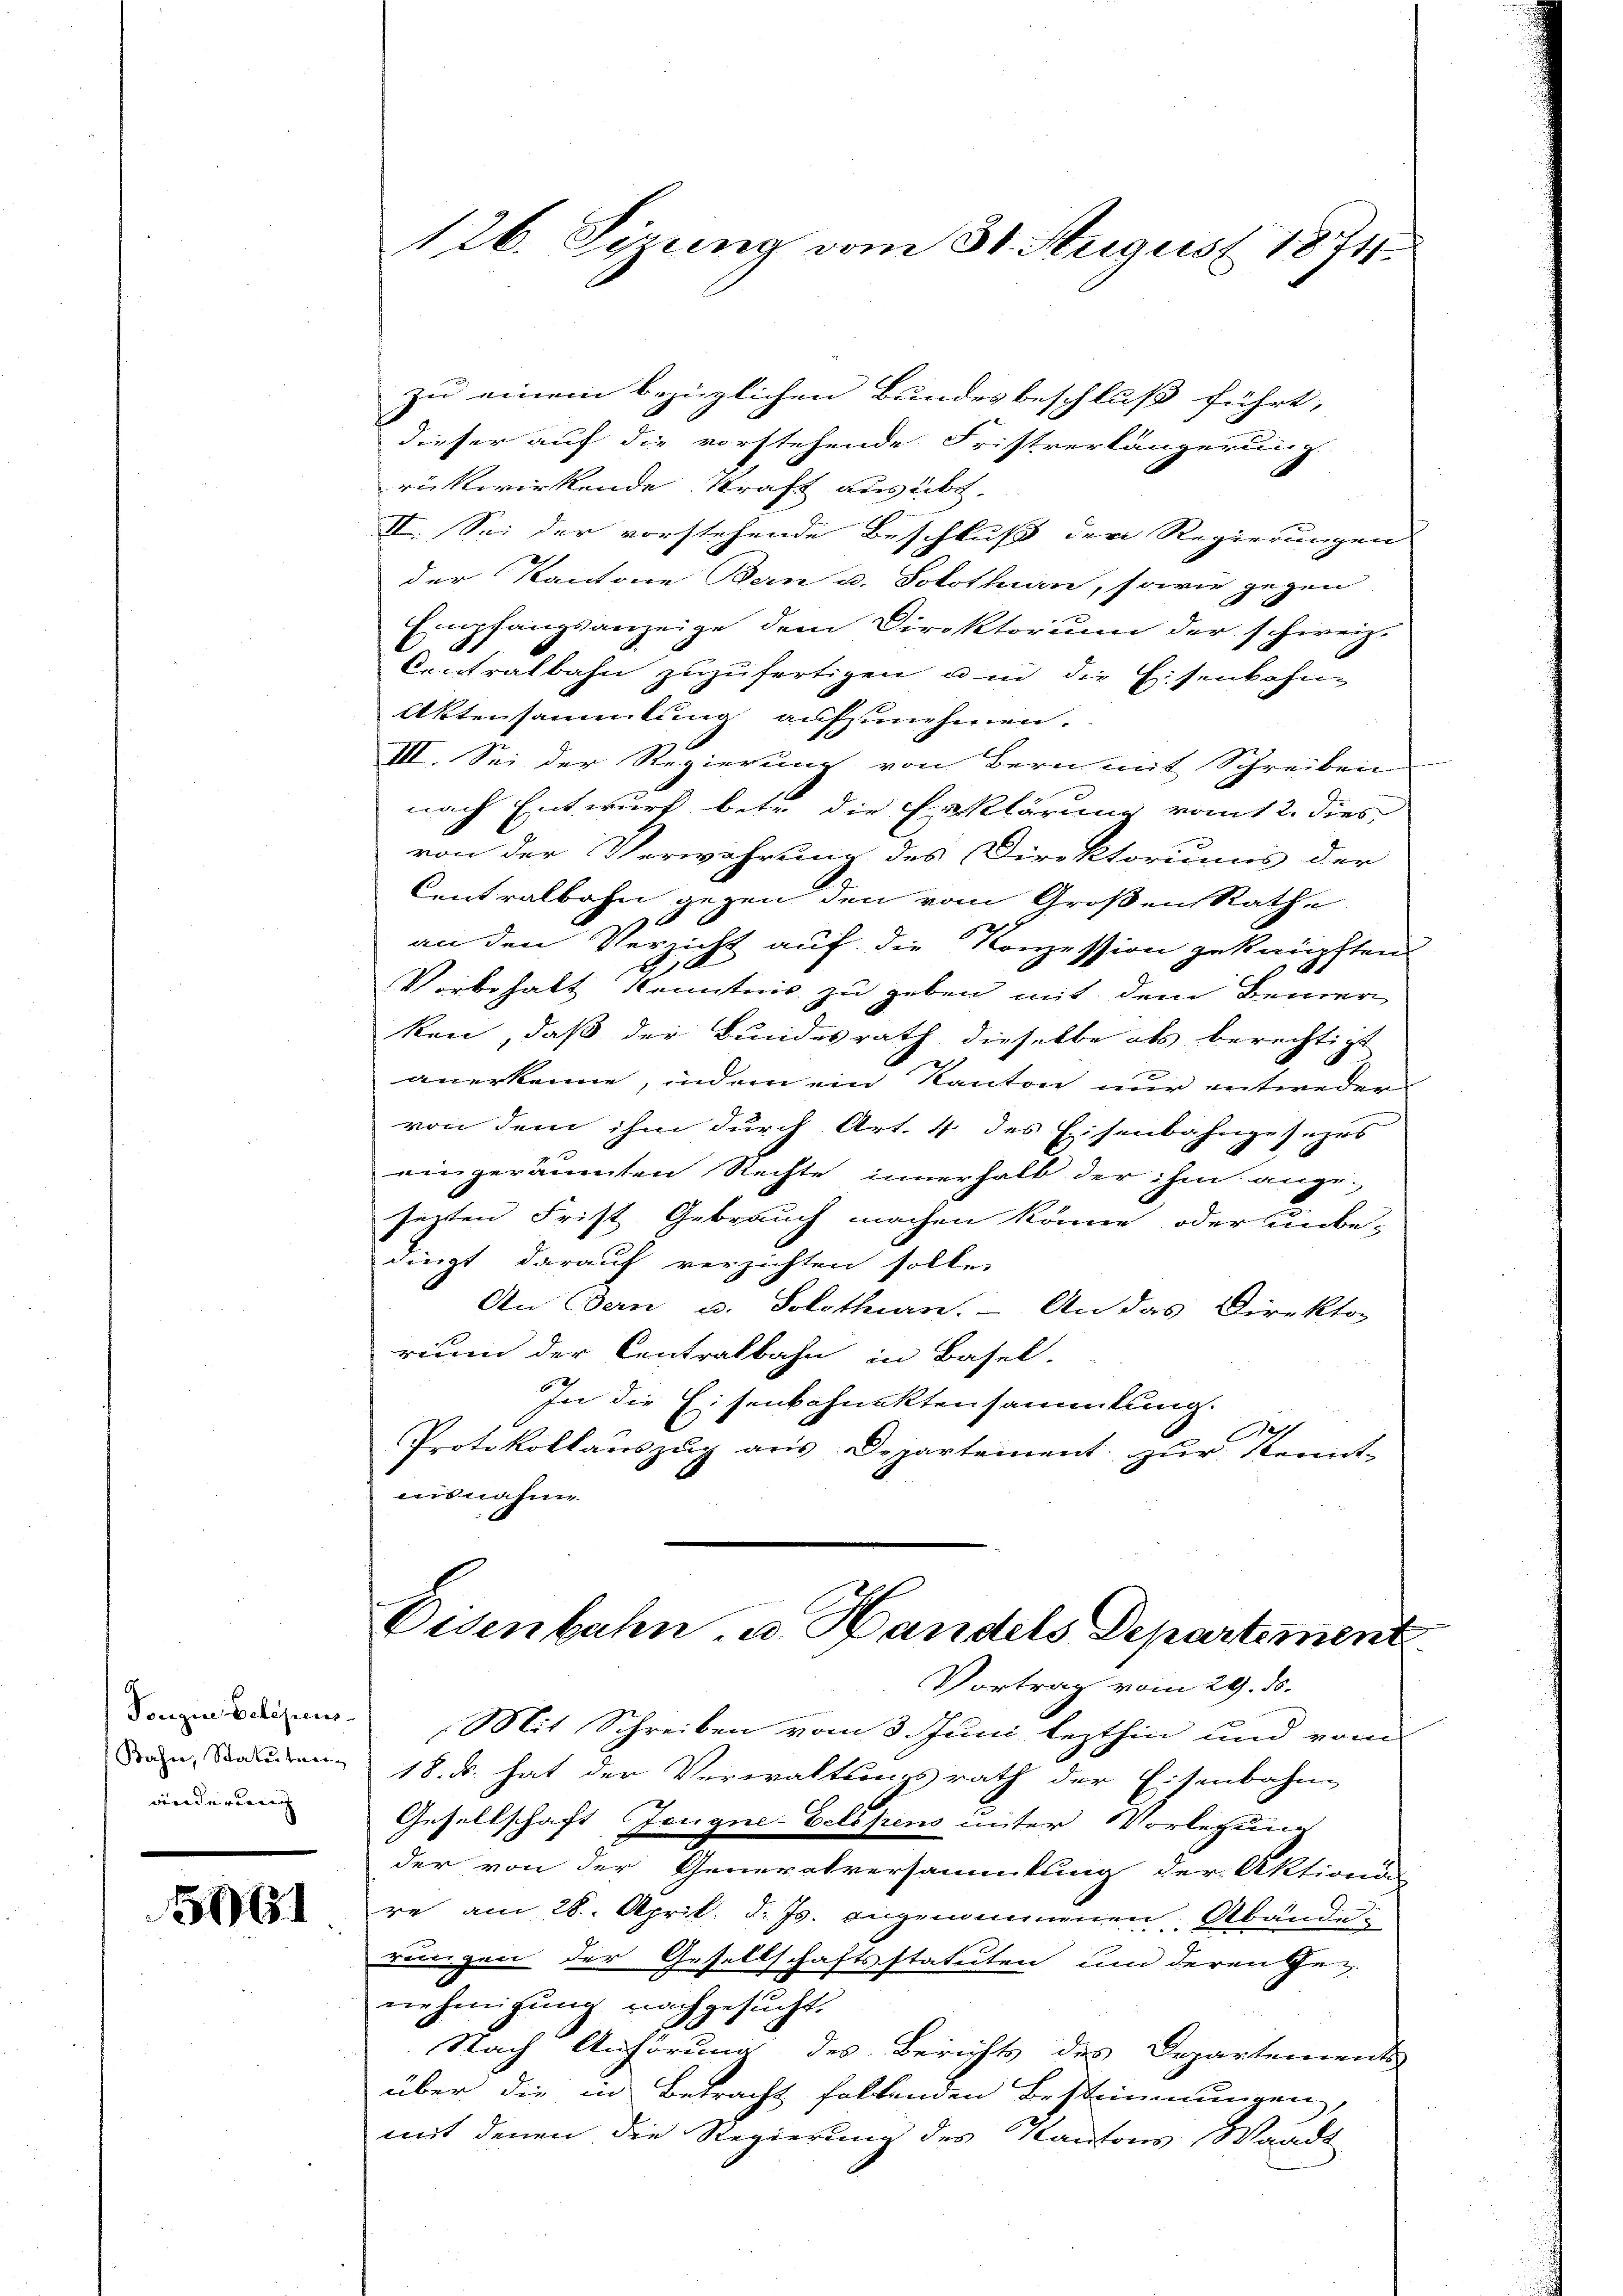
Touzine Belegens
änderung

5061

zu einem bezüglichen Bundesbeschluß führt,
dieser auf die vorstehende Fristverlängerung
rückwirkende Kraft ausübt,
II. Sei der vorstehende Beschluß der Regierungen |
der Kantone Bern u. Solothurn, sowie gegen
Empfangsanzeige dem Direktorium der schweiz.
Centralbahn zuzufertigen u. in die Eisenbahn-
Aktensammlung aufzunehmen.
III. Sei der Regierung von Bern mit Schreiben
nach Entwurf betr. die Erklärung vom 12. dies
von der Verwahrung des Direktoriums der
Centralbahn gegen den vom Großen Rathe
an den Verricht auf die Konzession geknüpften
d.
Vorbehalt Kenntnis zu geben mit dem Bemer
ken, daß der Bundesrath dieselbe als berechtigt
anerkenne, indem ein Kanton nur entweder
von dem ihm durch Art. 4 des Eisenbahngesezes
eingeräumten Rechte innerhalb der ihm ange-
sezten Frist Gebrauch machen könne, oder unbe-
dingt darauf verzichten solle.
An Bern u. Solothurn. – An das Direktor
rium der Centralbahn in Basel.
In die Eisenkchnaktensammlung.
Aa
Protokollaŭszŭg aŭs Departement zŭr Kennt-
ausnahm

126. Sizung vom 31. August 1874.

Mit Schreiben vom 3. Juni lezthin und vom
dan, den 18. d. hat der Verwaltungsrath der Eisenbahn-
Gesellschaft Zeugne-Eelspens unter Vorlegung
der von der Generalversammlung der Aktionä
re am 28. April d. Js. angenommenen Abände:
rungen der Gesellschaftsstatuten und deren Ge-
nehmigŭng nachgesucht.
Nach Anhörung des Berichts des Departements-
über die in Betracht fallenden Bestimmungen,
mit denen die Regierung des Kantons (Waadt

Eisenbahn u. Handels Departement
Vortrag vom 29. ds.